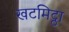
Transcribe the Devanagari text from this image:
खटमिट्ठा